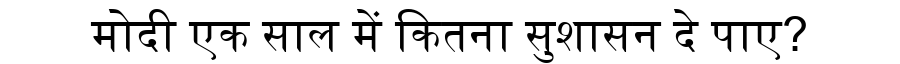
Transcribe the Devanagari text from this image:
मोदी एक साल में कितना सुशासन दे पाए?